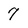
Character: 7